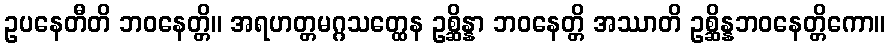
ဥပနေတီတိ ဘဝနေတ္တိ။ အရဟတ္တမဂ္ဂသတ္ထေန ဥစ္ဆိန္နာ ဘဝနေတ္တိ အဿာတိ ဥစ္ဆိန္နဘဝနေတ္တိကော။